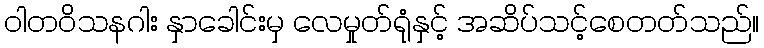
ဝါတဝိသနဂါး နှာခေါင်းမှ လေမှုတ်ရုံနှင့် အဆိပ်သင့်စေတတ်သည်။